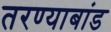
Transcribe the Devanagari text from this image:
तरण्याबांड